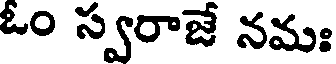
ఓం స్వరాజే నమః